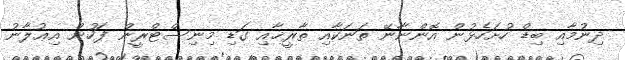
ދިނުމާއި ބިޑް ހުށަހެޅުން އޮންނާނޭ ތަނަކާއި ތާރީޚާއި ގަޑި މިނިސްޓްރީން ފަހުން އިޢުލާނު